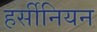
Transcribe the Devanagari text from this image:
हर्सीनियन